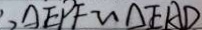
\therefore \Delta E P F \sim \Delta E A D